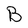
Character: B